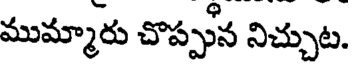
ముమ్మారు చొప్పున నిచ్చుట.